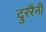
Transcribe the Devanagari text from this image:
दुररैनी